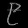
Digit: ၉